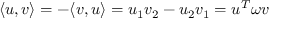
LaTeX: \langle u , v \rangle = - \langle v , u \rangle = u _ { 1 } v _ { 2 } - u _ { 2 } v _ { 1 } = u ^ { T } \omega v